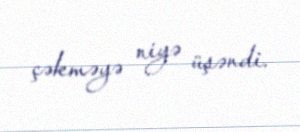
çəkməyə niyə üşəndi.